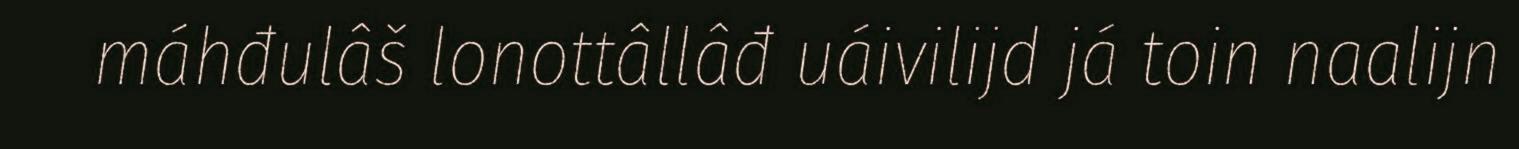
máhđulâš lonottâllâđ uáivilijd já toin naalijn